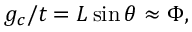
\begin{array} { r } { g _ { c } / t = L \sin \theta \approx \Phi , } \end{array}